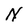
Character: N